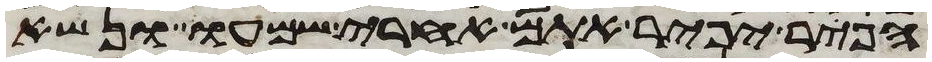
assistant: הפר יפיר אתם אחרי שמעו ונשא